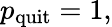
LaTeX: p_{\mathrm{quit}}=1,